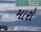
મારો